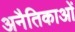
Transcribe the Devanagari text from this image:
अनैतिकाओं